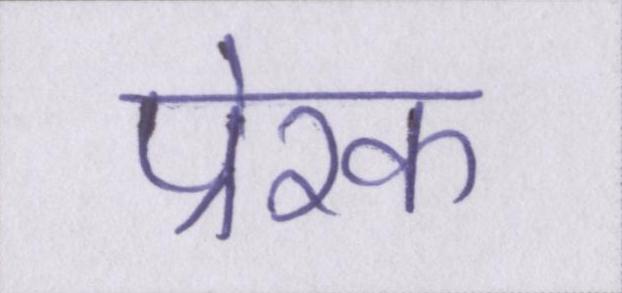
प्रेरक